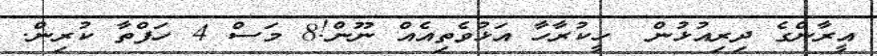
އީރާންގެ ދިރިއުޅުން  ހީކުރާހާ އަޅުވެތިއެއް ނޫން!8 މަސް 4 ހަފްތާ ކުރިން.